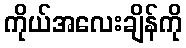
ကိုယ်အလေးချိန်ကို